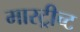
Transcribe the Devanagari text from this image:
मास्ट्रीच्ट